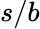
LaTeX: s/b